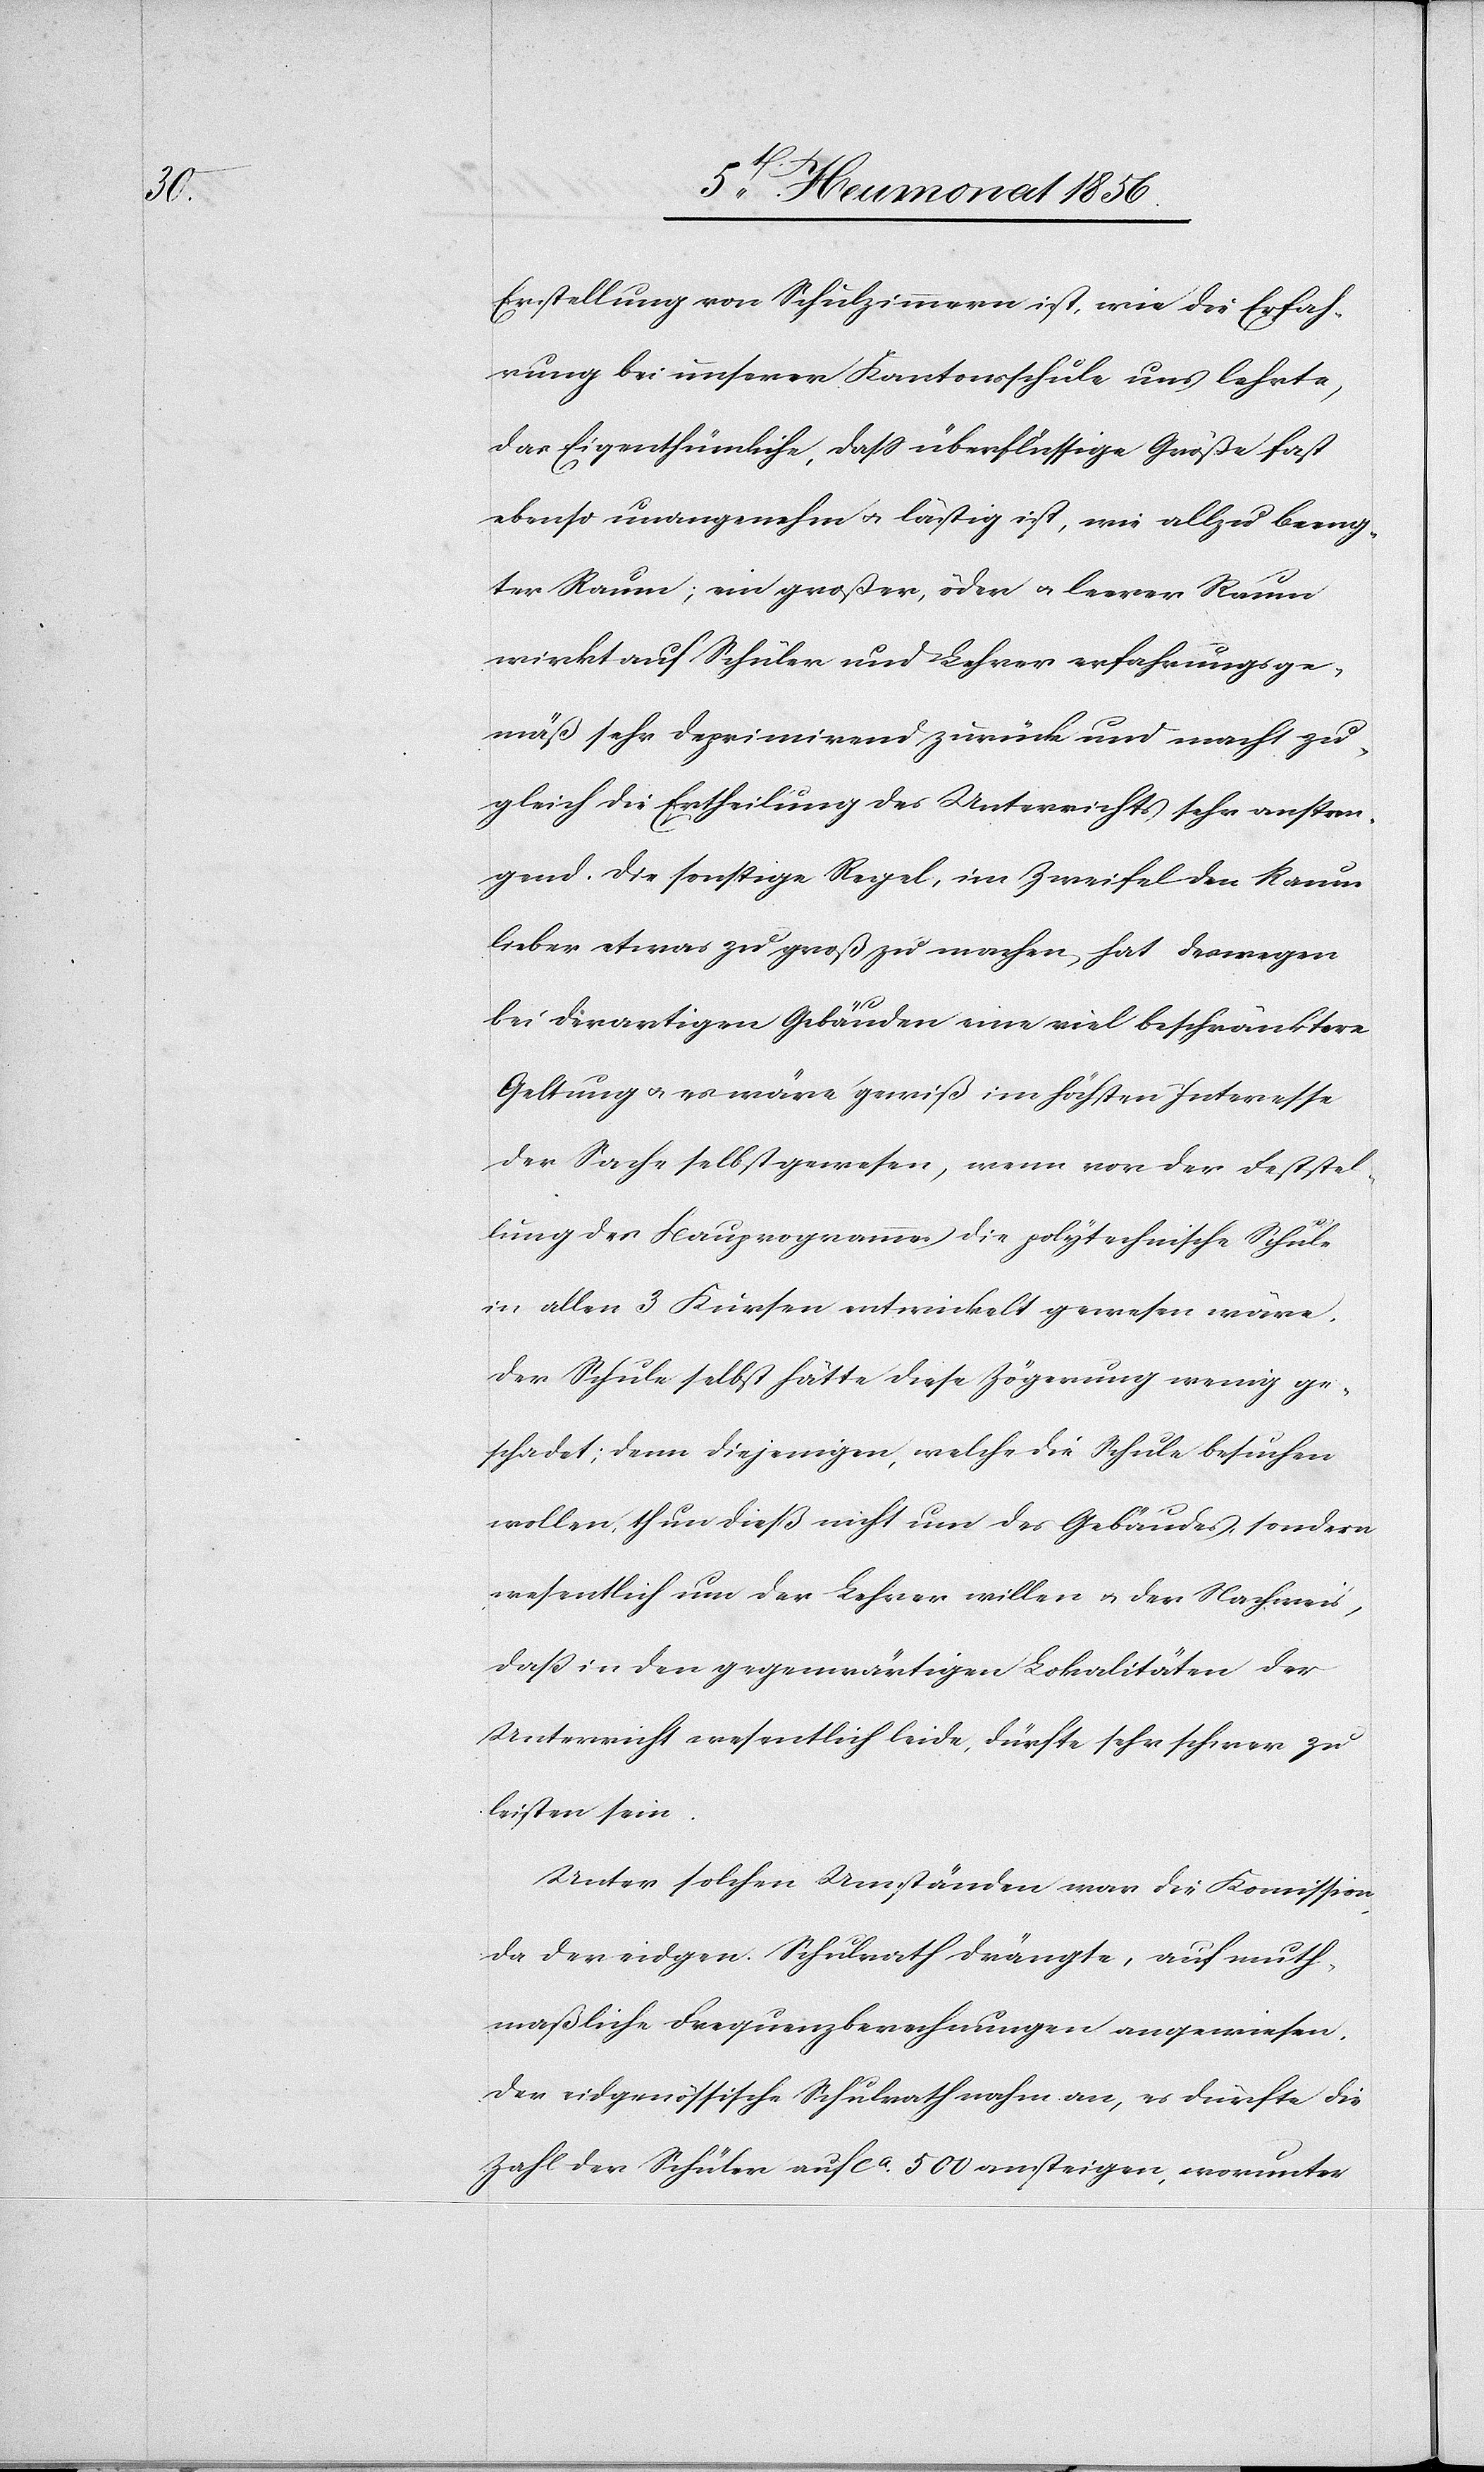
Erstellung von Schulzimmern ist, wie die Erfah¬
rung bei unserer Kantonsschule uns lehrte,
das Eigenthümliche, dass überflüssige Größe fast
ebenso unangenehm u. lästig ist, wie allzu beeng¬
ter Raum; ein großer, öder u. leerer Raum
wirkt auf Schüler und Lehrer erfahrungsge¬
mäß sehr deprimirend zurück und macht zu¬
gleich die Ertheilung des Unterrichts sehr anstren¬
gend. Die sonstige Regel, im Zweifel den Raum
lieber etwas zu groß zu machen, hat deswegen
bei derartigen Gebäuden eine viel beschränktere
Geltung u. es wäre gewiß im höchsten Interesse
der Sache selbst gewesen, wenn von der Feststel¬
lung des Bauprogramms die polytechnische Schule
in allen 3 Kursen entwickelt gewesen wäre.
Der Schule selbst hätte diese Zögerung wenig ge¬
schadet; denn diejenigen, welche die Schule besuchen
wollen, thun dieß nicht um des Gebäudes, sondern
wesentlich um der Lehrer willen u. der Nachweis,
dass in den gegenwärtigen Lokalitäten der
Unterricht wesentlich leide, dürfte sehr schwer zu
leisten sein.
Unter solchen Umständen war die Kommission,
da der eidgen. Schulrath drängte, auf muth¬
maßliche Frequenzberechnungen angewiesen.
Der eidgenössische Schulrath nahm an, es dürfte die
Zahl der Schüler auf ca 500 ansteigen, worunter